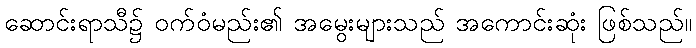
ဆောင်းရာသီ၌ ဝက်ဝံမည်း၏ အမွေးများသည် အကောင်းဆုံး ဖြစ်သည်။